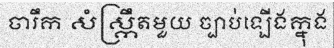
ចារឹក សំស្ក្រឹតមួយ ច្បាប់ឡើងក្នុង